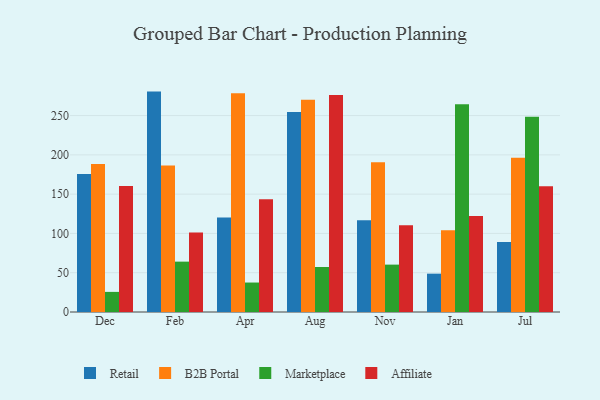
{"axis": {"x": "Month", "y": "Page Views"}, "legend": ["Affiliate", "B2B Portal", "Marketplace", "Retail"], "data": [{"x": "Dec", "y": 175.6, "type": "Retail"}, {"x": "Dec", "y": 188.2, "type": "B2B Portal"}, {"x": "Dec", "y": 25.6, "type": "Marketplace"}, {"x": "Dec", "y": 160.4, "type": "Affiliate"}, {"x": "Feb", "y": 280.5, "type": "Retail"}, {"x": "Feb", "y": 186.6, "type": "B2B Portal"}, {"x": "Feb", "y": 64.1, "type": "Marketplace"}, {"x": "Feb", "y": 101.3, "type": "Affiliate"}, {"x": "Apr", "y": 120.3, "type": "Retail"}, {"x": "Apr", "y": 278.4, "type": "B2B Portal"}, {"x": "Apr", "y": 37.5, "type": "Marketplace"}, {"x": "Apr", "y": 143.5, "type": "Affiliate"}, {"x": "Aug", "y": 254.4, "type": "Retail"}, {"x": "Aug", "y": 270.0, "type": "B2B Portal"}, {"x": "Aug", "y": 57.3, "type": "Marketplace"}, {"x": "Aug", "y": 276.3, "type": "Affiliate"}, {"x": "Nov", "y": 116.7, "type": "Retail"}, {"x": "Nov", "y": 190.5, "type": "B2B Portal"}, {"x": "Nov", "y": 60.3, "type": "Marketplace"}, {"x": "Nov", "y": 110.4, "type": "Affiliate"}, {"x": "Jan", "y": 48.8, "type": "Retail"}, {"x": "Jan", "y": 103.9, "type": "B2B Portal"}, {"x": "Jan", "y": 264.3, "type": "Marketplace"}, {"x": "Jan", "y": 122.2, "type": "Affiliate"}, {"x": "Jul", "y": 89.0, "type": "Retail"}, {"x": "Jul", "y": 196.2, "type": "B2B Portal"}, {"x": "Jul", "y": 248.4, "type": "Marketplace"}, {"x": "Jul", "y": 160.0, "type": "Affiliate"}]}